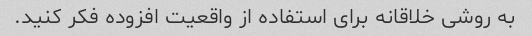
به روشی خلاقانه برای استفاده از واقعیت افزوده فکر کنید.